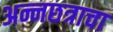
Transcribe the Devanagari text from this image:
अन्नछत्राचा